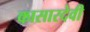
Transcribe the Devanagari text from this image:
कासारदेवी